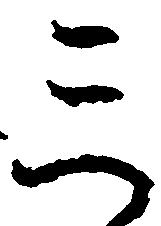
三